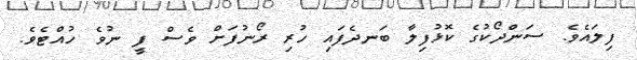
ފިލައެވެ. ސަންދޯކުގެ ކޮޅުފިލާ ބަނދެފައި ހުރި ރޯނުފަށް ވެސް ފީ ނުވެ ހުއްޓެވެ.